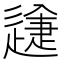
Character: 𨕽